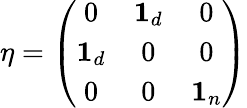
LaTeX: \eta=\left(\begin{array}{ccc}{{0}}&{{{\mathbf 1}_{d}}}&{{0}}\\ {{{\mathbf 1}_{d}}}&{{0}}&{{0}}\\ {{0}}&{{0}}&{{{\mathbf 1}_{n}}}\end{array}\right)